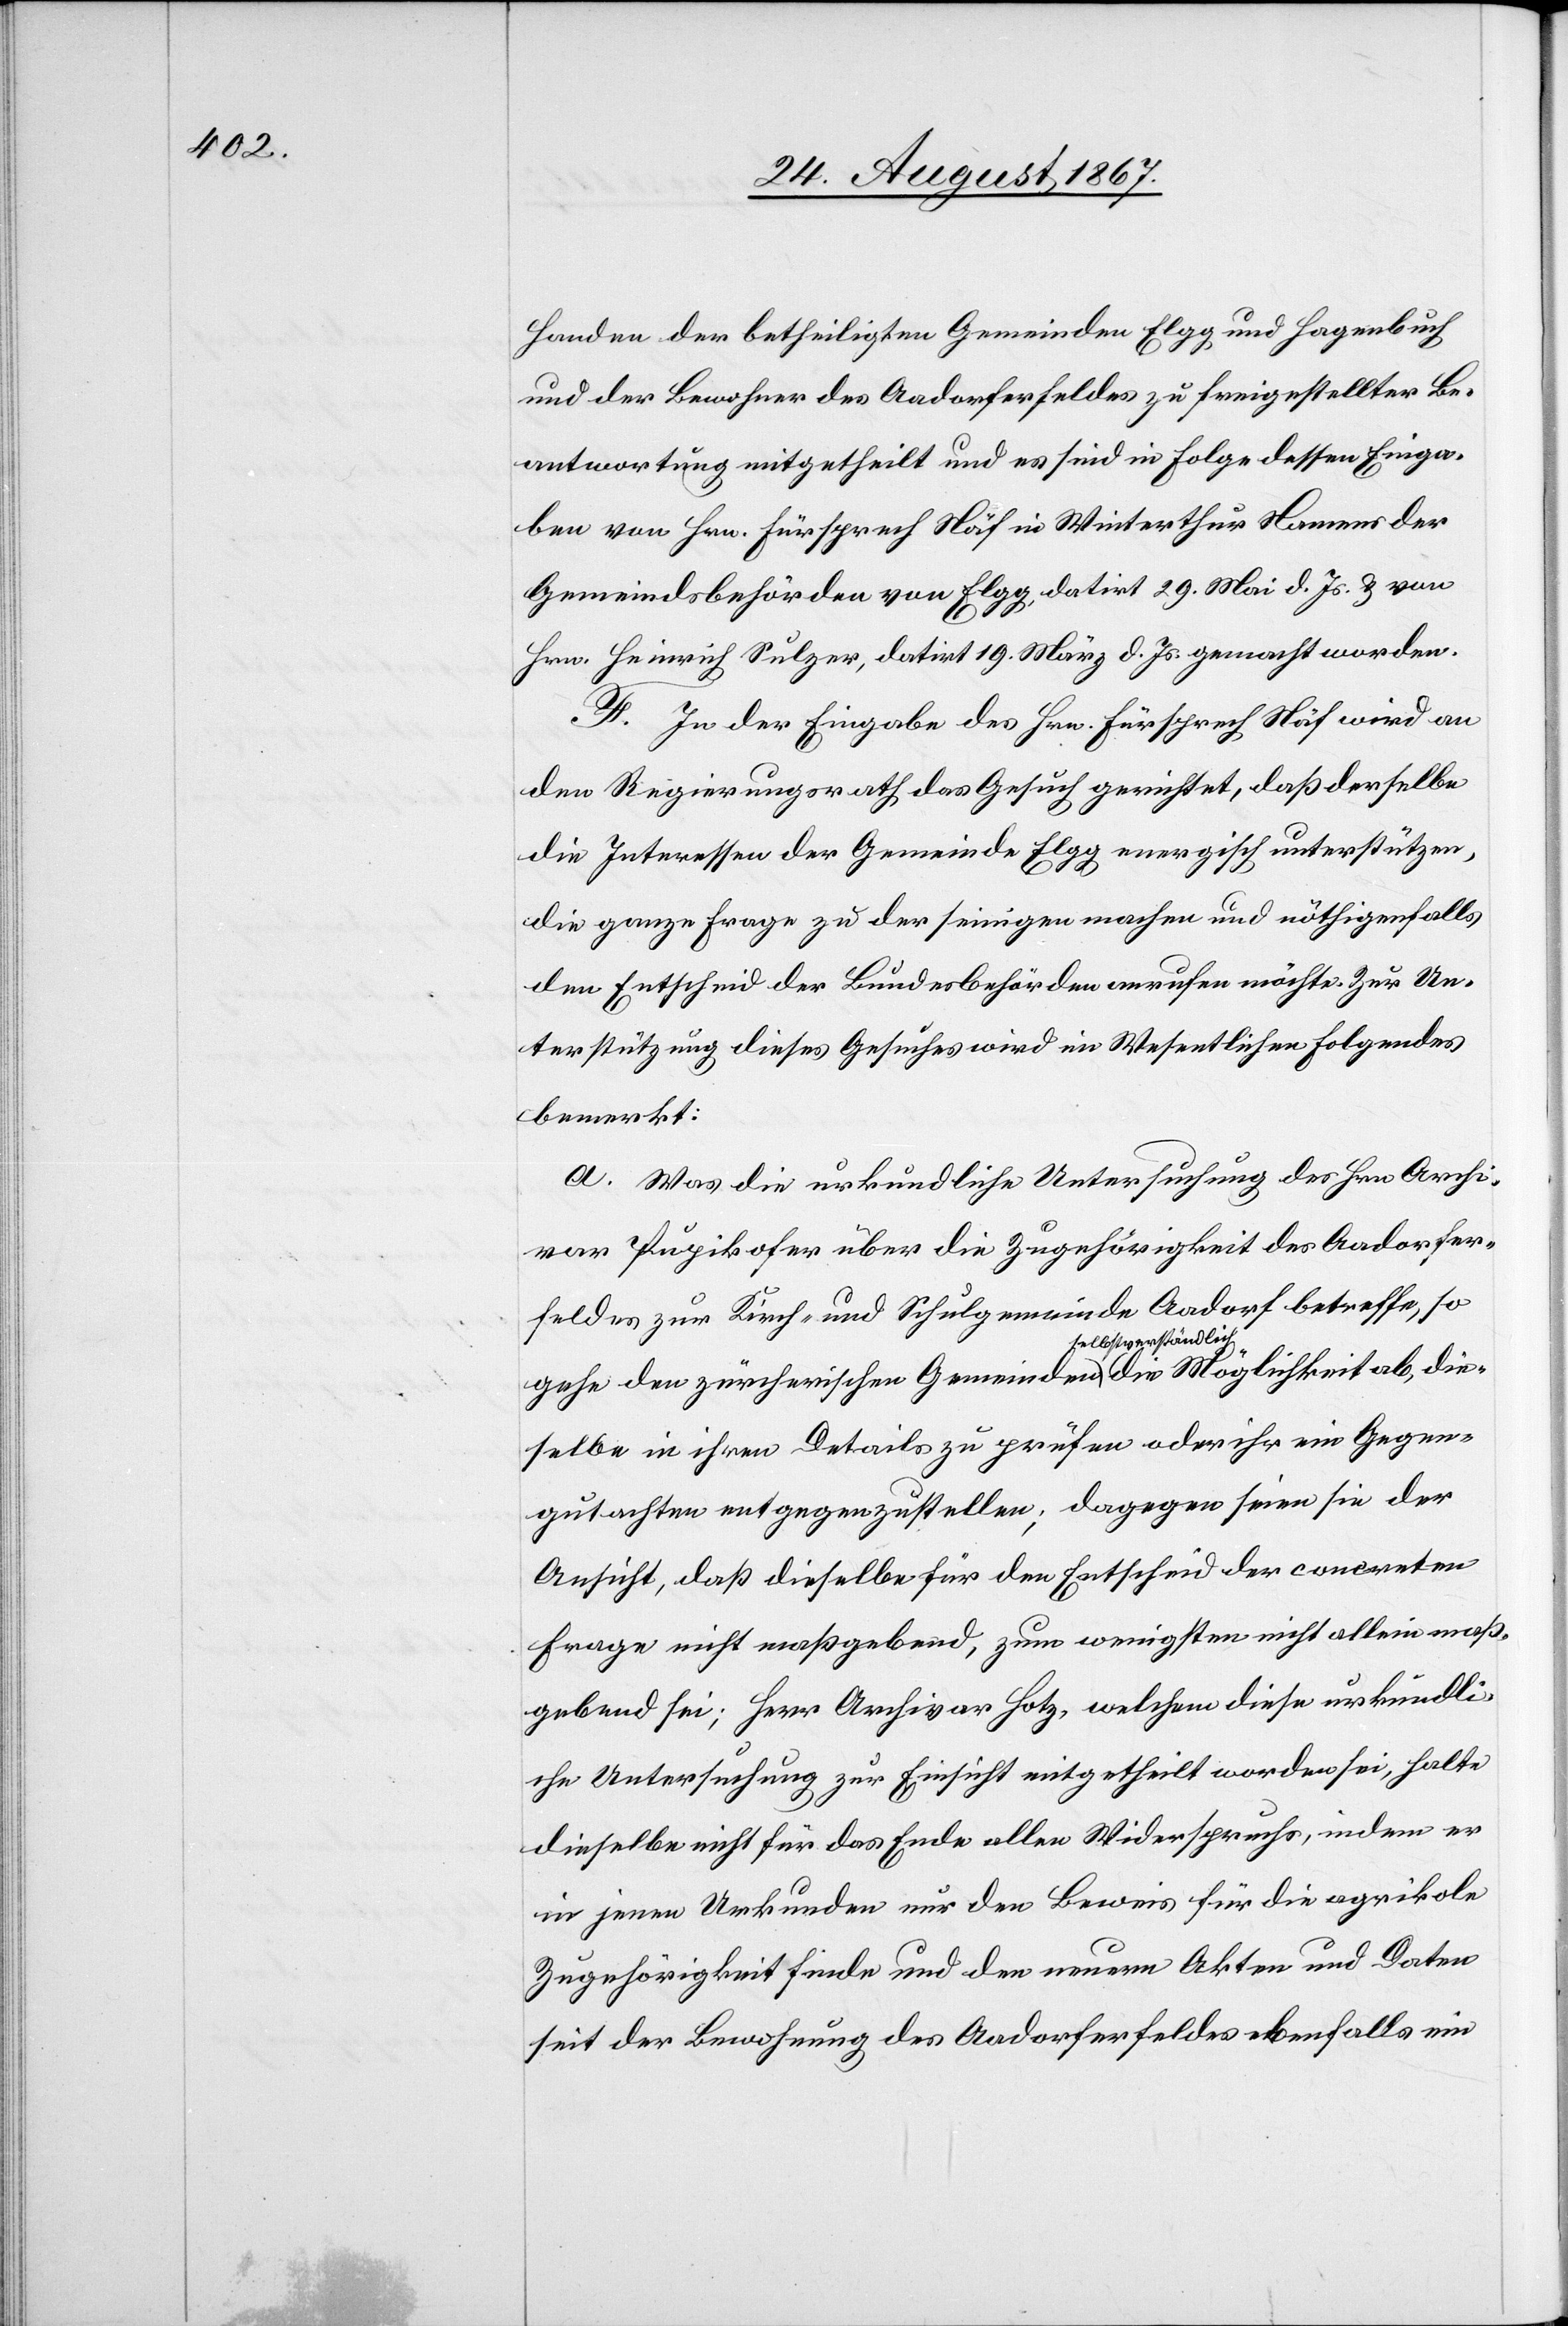
Handen der betheiligten Gemeinden Elgg und Hagenbuch
und der Bewohner des Aadorferfeldes zu freigestellter Be¬
antwortung mitgetheilt und es sind in Folge dessen Einga¬
ben von Hrn. Fürsprech Näf in Winterthur Namens der
Gemeindsbehörden von Elgg, datirt Mai d. Js. u. von
Hrn. Heinrich Sulzer, datirt 19. März d. Js. gemacht worden.
F. In der Eingabe des Hrn. Fürsprech Näf wird an
den Regierungsrath das Gesuch gerichtet, daß derselbe
die Interessen der Gemeinde Elgg energisch unterstützen,
die ganze Frage zu der seinigen machen und nöthigenfalls
den Entscheid der Bundesbehörden anrufen möchte. Zur Un¬
terstützung dieses Gesuches wird im Wesentlichen folgendes
bemerkt:
a. Was die urkundliche Untersuchung des Hrn. Archi¬
var Pupikofer über die Zugehörigkeit des Aadorfer¬
feldes zur Kirch- und Schulgemeinde Aadorf betreffe, so
gehe den zürcherischen Gemeinden selbstverständlich die Möglichkeit
dieselbe in ihren Details zu prüfen oder ihr ein Gegen¬
gutachten entgegenzustellen; dagegen seien sie der
Ansicht, daß dieselbe für den Entscheid der concreten
Frage nicht maßgebend, zum wenigsten nicht allein maß¬
gebend sei; Herr Archivar Hotz, welchem diese urkundli¬
che Untersuchung zur Einsicht mitgetheilt worden sei, halte
dieselbe nicht für das Ende allen Widerspruchs, indem er
in jenen Urkunden nur den Beweis für die agrikole
Zugehörigkeit finde und den neuern Akten und Daten
seit der Bewohnung des Aadorferfeldes ebenfalls ein